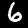
Digit: 6